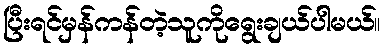
ပြီးရင်မှန်ကန်တဲ့သူကိုရွေးချယ်ပါမယ်။